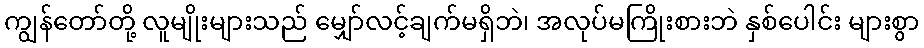
ကျွန်တော်တို့ လူမျိုးများသည် မျှော်လင့်ချက်မရှိဘဲ၊ အလုပ်မကြိုးစားဘဲ နှစ်ပေါင်း များစွာ